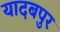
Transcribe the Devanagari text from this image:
यादबपुर